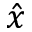
\hat { x }